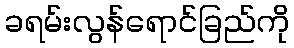
ခရမ်းလွန်ရောင်ခြည်ကို